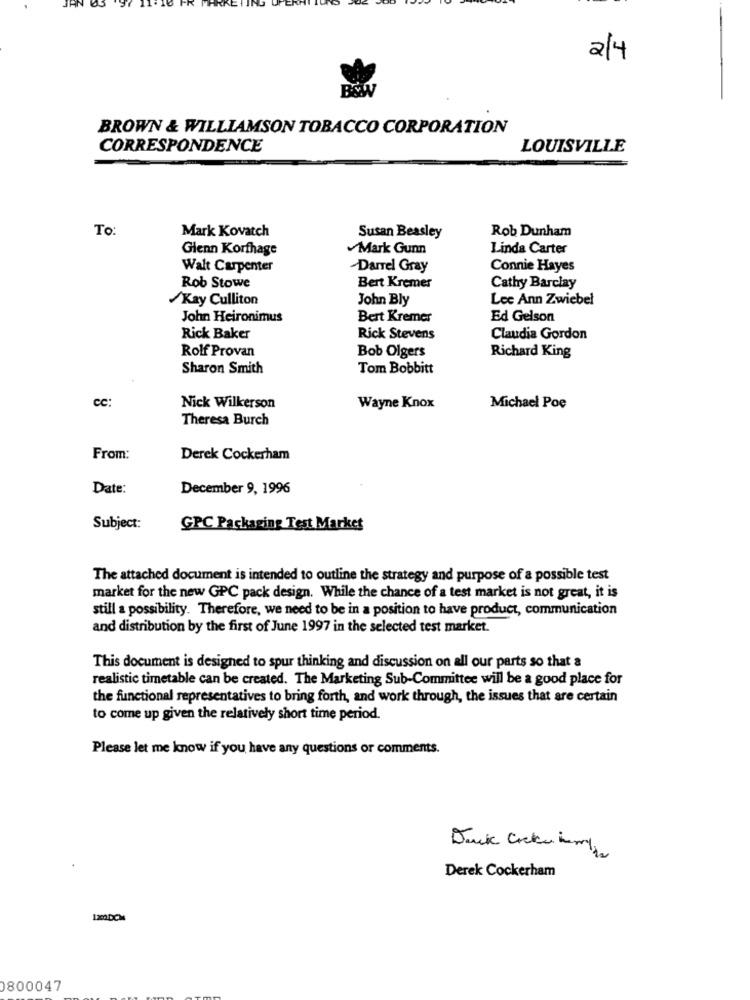
2/4
BROWN & WILLIAMSON TOBACCO CORPORATION
CORRESPONDENCE
LOUISVILLE
To:
Mark Kovatch
Susan Beasley
Rob Dunham
Glenn Korfhage
Mark Gunn
Linda Carter
Walt Carpenter
Darrel Gray
Connie Hayes
Rob Stowe
Bert Kremer
Cathy Barclay
Kay Culliton
John Bly
Lee Ann Zwiebel
John Heironimus
Bert Kremer
Ed Gelson
Rick Baker
Rick Stevens
Claudia Gordon
Rolf Provan
Bob Olgers
Richard King
Sharon Smith
Tom Bobbitt
cc:
Nick Wilkerson
Wayne Knox
Michael Poe
Theresa Burch
From:
Derek Cockerham
Date:
December 9, 1996
Subject:
GPC Packaging Test Market
The attached document is intended to outline the strategy and purpose of a possible test
market for the new GPC pack design. While the chance of a test market is not great, it is
still a possibility. Therefore, we need to be in a position to have product, communication
and distribution by the first of June 1997 in the selected test market.
This document is designed to spur thinking and discussion on all our parts so that a
realistic timetable can be created. The Marketing Sub-Committee will be a good place for
the functional representatives to bring forth, and work through, the issues that are certain
to come up given the relatively short time period.
Please let me know if you have any questions or comments.
Deck arcki ham
Derek Cockerham
0800047